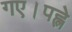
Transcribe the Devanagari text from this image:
गए।पह्ले